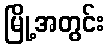
မြို့အတွင်း